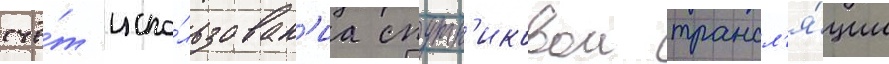
счё́т испо́льзован'иа спутн'иковои трансл'я́ции